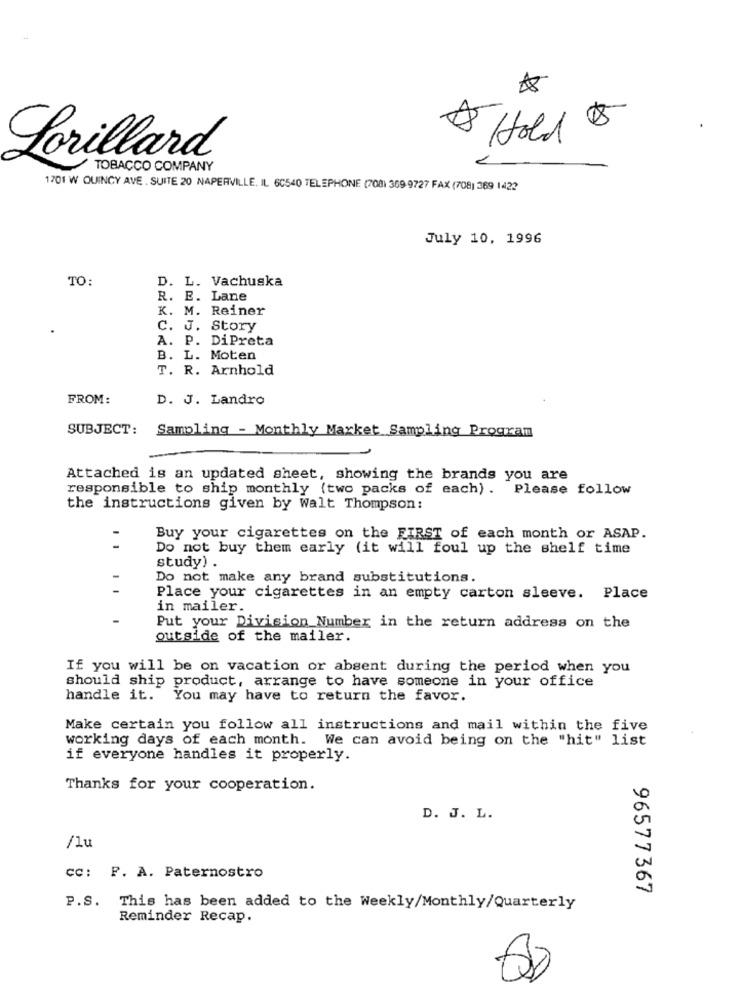
5 Hold
Lorillard
TOBACCO COMPANY
1701 W QUINCY AVE . SUITE 20 NAPERVILLE, IL 60540 TELEPHONE (708) 369 9727 FAX (708) 369 1422
July 10, 1996
TO:
D. L. Vachuska
R. E. Lane
K. M. Reiner
C. J. Story
A. P. DiPreta
B. L. Moten
T. R. Arnhold
FROM:
D. J. Landro
SUBJECT:
Sampling - Monthly Market Sampling Program
Attached is an updated sheet, showing the brands you are
responsible to ship monthly (two packs of each). Please follow
the instructions given by Walt Thompson:
-
Buy your cigarettes on the FIRST of each month or ASAP.
-
Do not buy them early (it will foul up the shelf time
study) .
Do not make any brand substitutions.
Place your cigarettes in an empty carton sleeve. Place
in mailer.
Put your Division Number in the return address on the
outside of the mailer.
If you will be on vacation or absent during the period when you
should ship product, arrange to have someone in your office
handle it. You may have to return the favor.
Make certain you follow all instructions and mail within the five
working days of each month. We can avoid being on the "hit" list
if everyone handles it properly.
Thanks for your cooperation.
D. J. L.
/lu
cc: F. A. Paternostro
96577367
P.S. This has been added to the Weekly/Monthly/Quarterly
Reminder Recap.